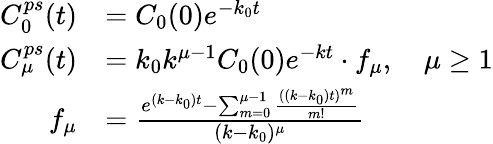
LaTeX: \begin{array}{rl}{C_{0}^{ps}(t)}&{=C_{0}(0)e^{-k_{0}t}}\\ {C_{\mu}^{ps}(t)}&{=k_{0}k^{\mu-1}C_{0}(0)e^{-kt}\cdot f_{\mu},\quad\mu\geq 1}\\ {f_{\mu}}&{=\frac{e^{(k-k_{0})t}-\sum_{m=0}^{\mu-1}\frac{((k-k_{0})t)^{m}}{m!}}{(k-k_{0})^{\mu}}}\end{array}